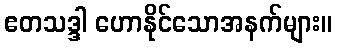
ဧတသဒ္ဒါ ဟောနိုင်သောအနက်များ။